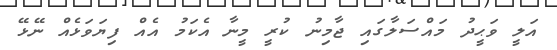
އަލީ ވަޙީދު މައްސަލާގައި ޖާމިނު ކުރީ މީނާ އެކަމު އެއް ފިޔަވަޅެއް ނޭޅޭ